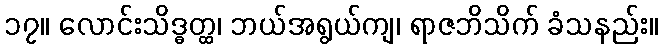
၁၇။ လောင်းသိဒ္ဓတ္ထ၊ ဘယ်အရွယ်ကျ၊ ရာဇဘိသိက် ခံသနည်း။